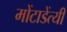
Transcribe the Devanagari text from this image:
मोंटाडेंत्यी